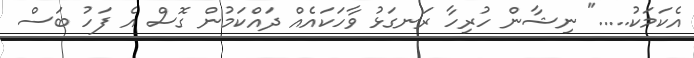
އެކަމަކު....." ނިޝާން ހުރިހާ ރަނގަޅު ވާހަކައެއް ދައްކަމުން ގޮސް އެ ފަހު ބަސް